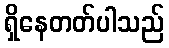
ရှိနေတတ်ပါသည်